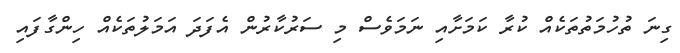
ގިނަ ތުހުމަތުތަކެއް ކުރާ ކަމަށާއި ނަމަވެސް މި ސަރުކާރުން އެފަދަ އަމަލުތަކެއް ހިންގާފައި